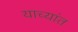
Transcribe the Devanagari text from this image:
याच्यांत